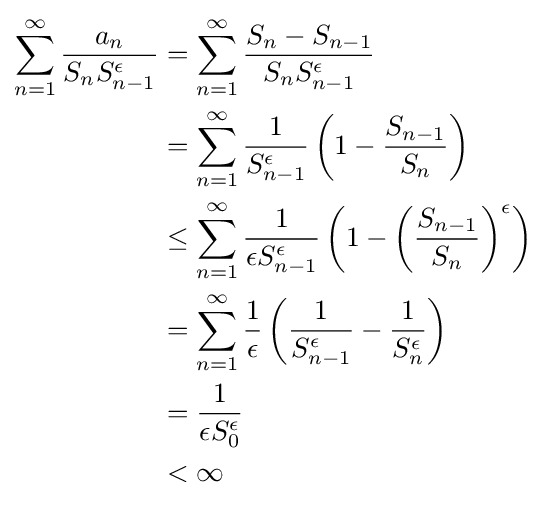
{\begin{aligned}\sum _{n=1}^{\infty }{\frac {a_{n}}{S_{n}S_{n-1}^{\epsilon }}}&=\sum _{n=1}^{\infty }{\frac {S_{n}-S_{n-1}}{S_{n}S_{n-1}^{\epsilon }}}\\&=\sum _{n=1}^{\infty }{\frac {1}{S_{n-1}^{\epsilon }}}\left(1-{\frac {S_{n-1}}{S_{n}}}\right)\\&\leq \sum _{n=1}^{\infty }{\frac {1}{\epsilon S_{n-1}^{\epsilon }}}\left(1-\left({\frac {S_{n-1}}{S_{n}}}\right)^{\epsilon }\right)\\&=\sum _{n=1}^{\infty }{\frac {1}{\epsilon }}\left({\frac {1}{S_{n-1}^{\epsilon }}}-{\frac {1}{S_{n}^{\epsilon }}}\right)\\&={\frac {1}{\epsilon S_{0}^{\epsilon }}}\\&<\infty \end{aligned}}